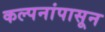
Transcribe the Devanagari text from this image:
कल्पनांपासून